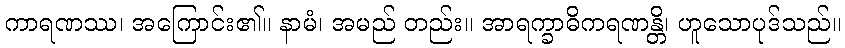
ကာရဏဿ၊ အကြောင်း၏။ နာမံ၊ အမည် တည်း။ အာရက္ခာဓိကရဏန္တိ၊ ဟူသောပုဒ်သည်။